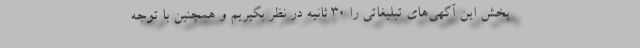
پخش این آگهی‌های تبلیغاتی را ۳۰ ثانیه در نظر بگیریم و همچنین با توجه